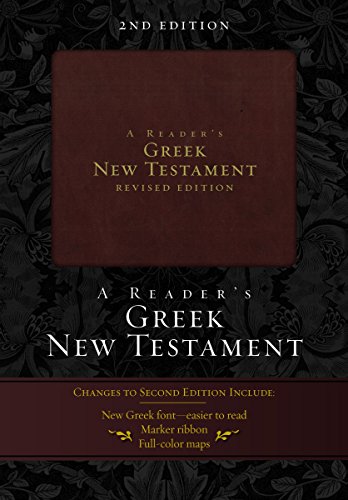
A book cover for A Reader's Greek New Testament: 2nd Edition; Richard J. Goodrich; Christian Books & Bibles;